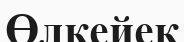
Өлкейек